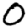
Digit: 0